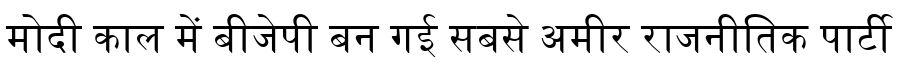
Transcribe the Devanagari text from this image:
मोदी काल में बीजेपी बन गई सबसे अमीर राजनीतिक पार्टी